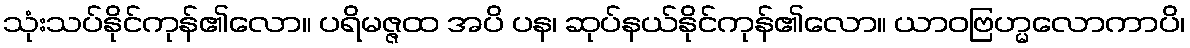
သုံးသပ်နိုင်ကုန်၏လော။ ပရိမဇ္ဇထ အပိ ပန၊ ဆုပ်နယ်နိုင်ကုန်၏လော။ ယာဝဗြဟ္မလောကာပိ၊